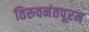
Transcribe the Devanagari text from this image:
तिरुवनंतपूरम